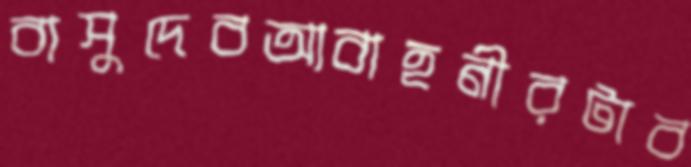
বাসুদেবআবাহনীরটাব